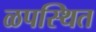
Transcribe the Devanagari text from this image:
ळपस्थित